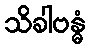
သိခါဗန္ဓံ